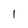
Character: 1